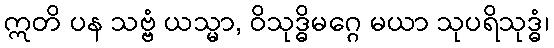
ဣတိ ပန သဗ္ဗံ ယသ္မာ, ဝိသုဒ္ဓိမဂ္ဂေ မယာ သုပရိသုဒ္ဓံ၊